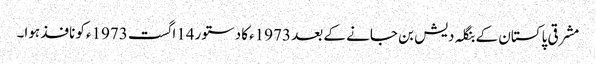
مشرقی پاکستان کے بنگلہ دیش بن جانے کے بعد 1973ءکا دستور14اگست 1973ءکو نافذ ہوا۔